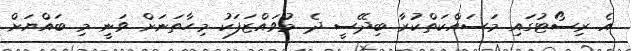
އެ ރިސޯޓުގައި މަސައްކަތްކުރާ ބިދޭސީ ދެ މުވައްޒަފަކު މިހާތަނަށް ވަނީ މި ބައްޔަށް